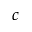
c